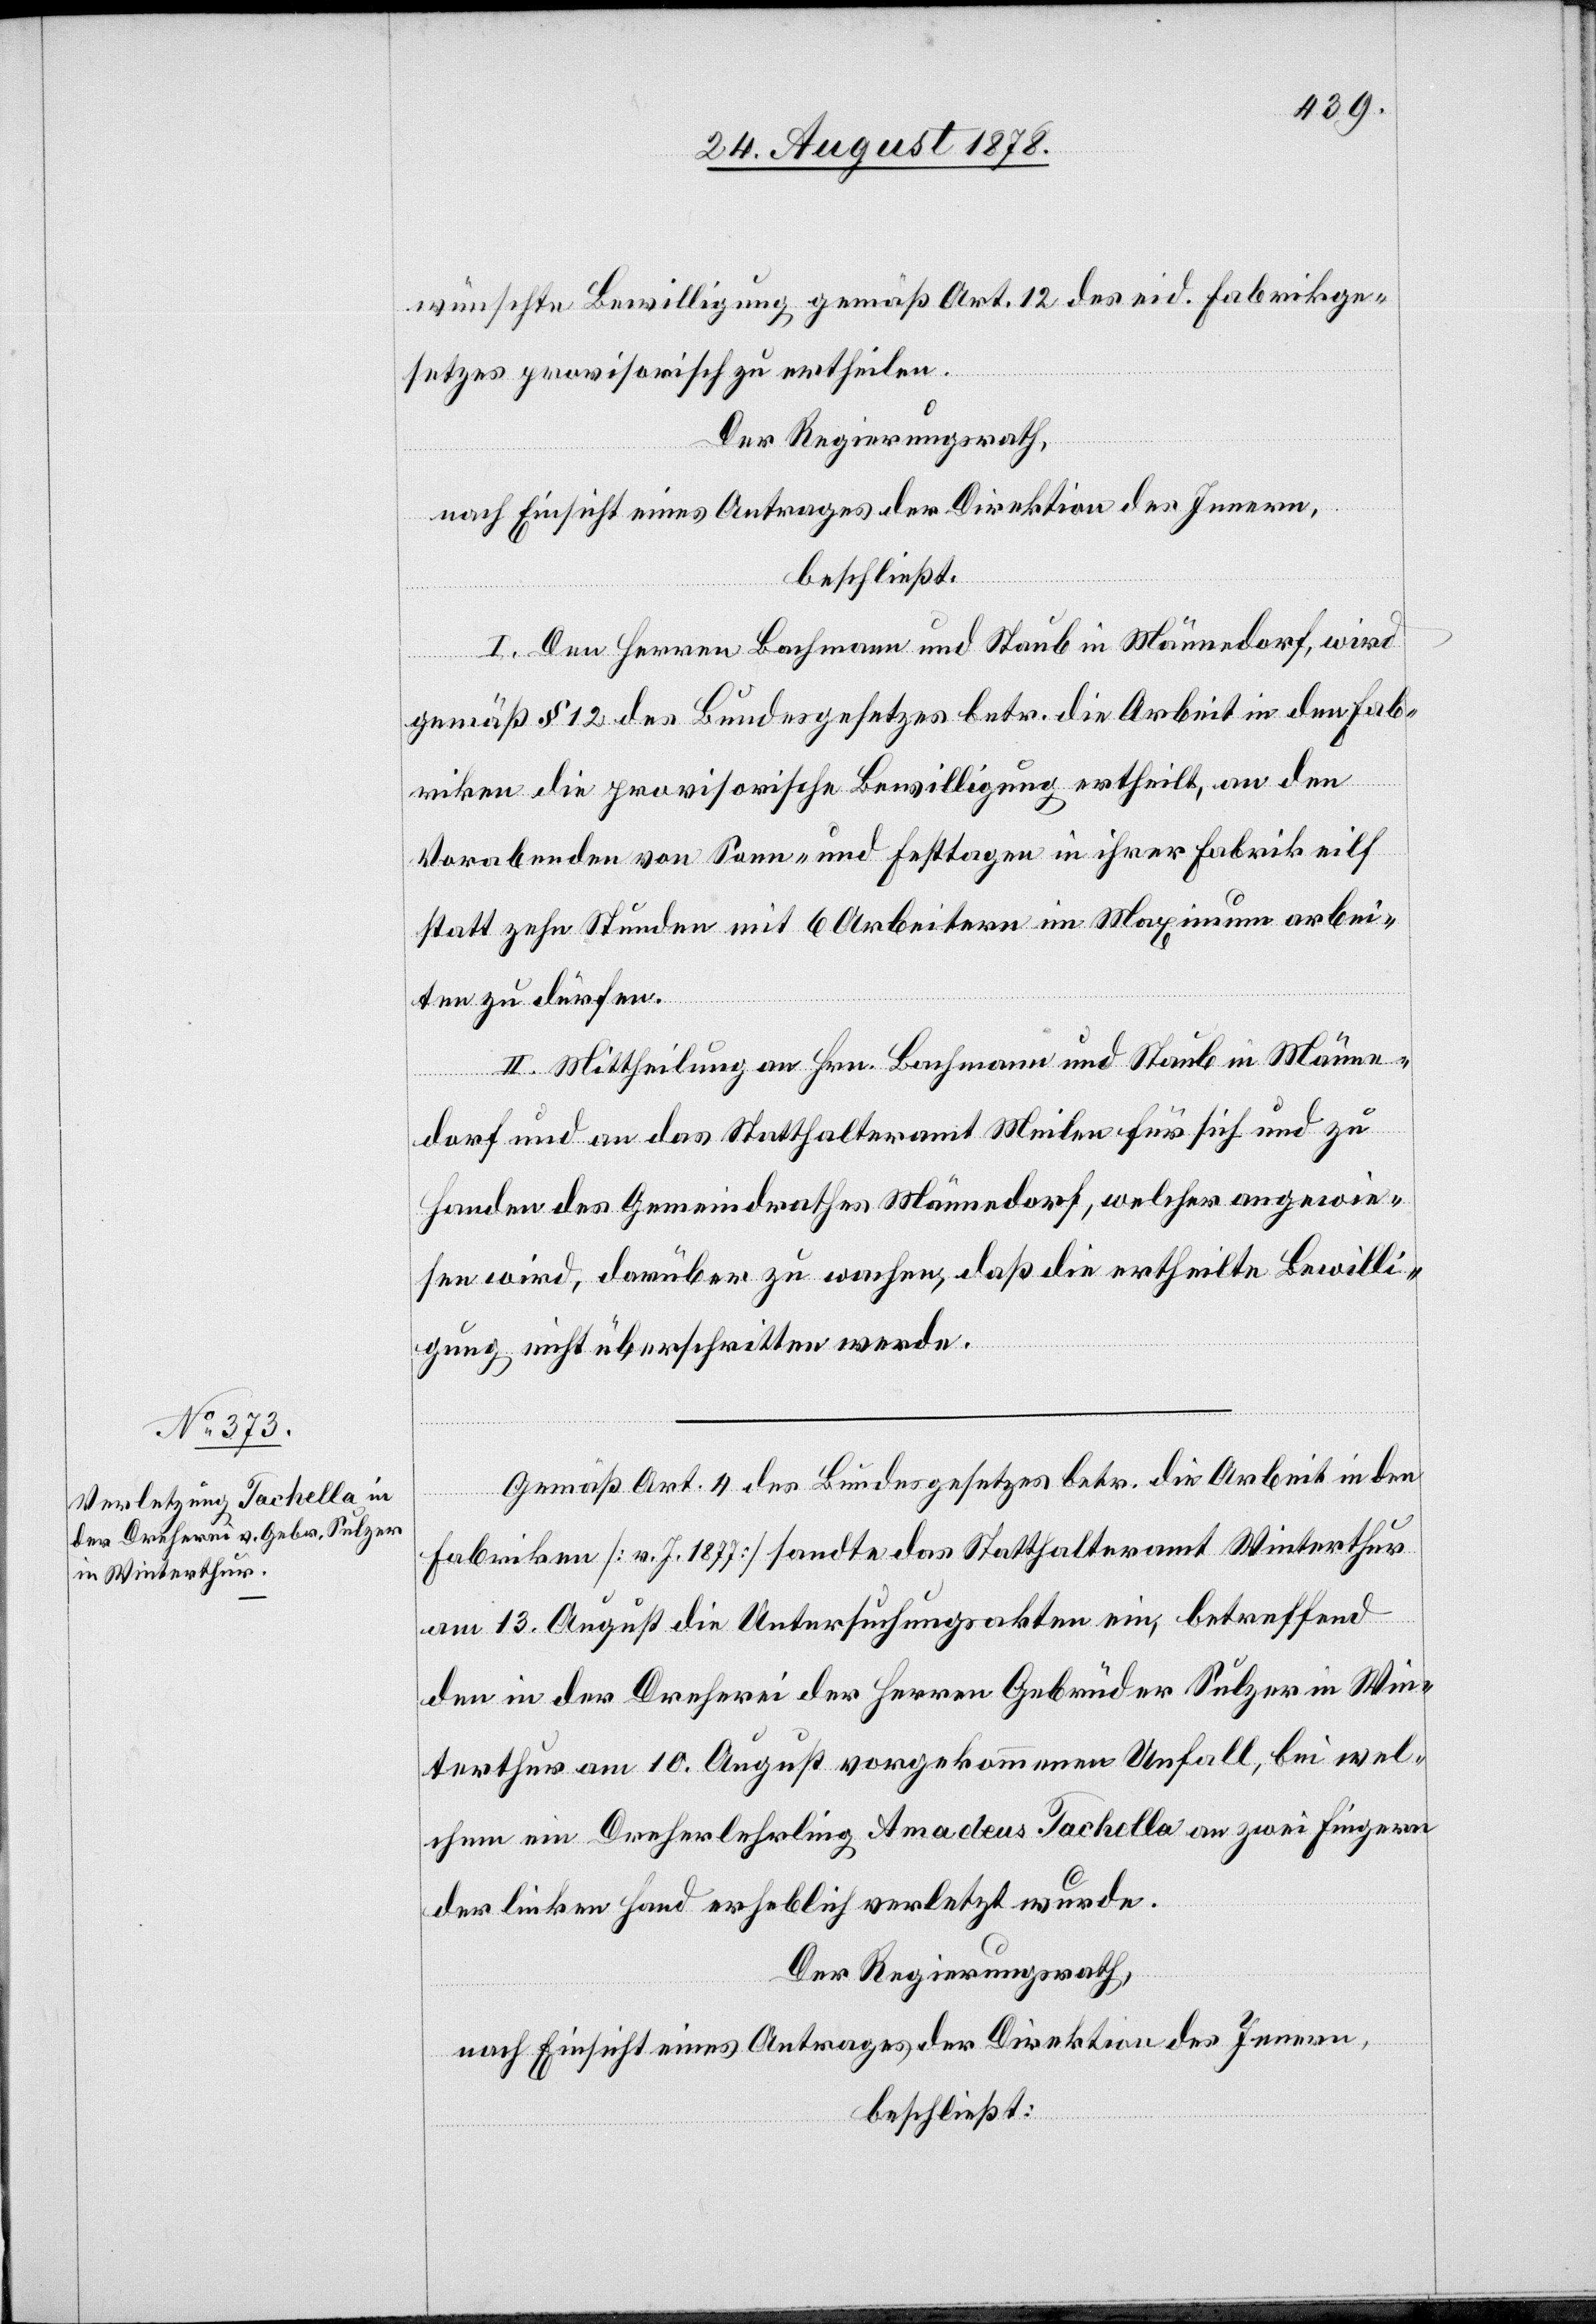
wünschte Bewilligung gemäß Art. 12, des eid. Fabrikge¬
setzes provisorisch zu ertheilen.
Der Regierungsrath,
nach Einsicht eines Antrages der Direktion des Innern,
beschließt:
I. Den Herren Bachmann und Staub in Männedorf, wird
gemäß § 12 des Bundesgesetzes betr. die Arbeit in den Fab¬
riken die provisorische Bewilligung ertheilt, an den
Vorabenden von Sonn- und Festtagen in ihrer Fabrik eilf
statt zehn Stunden mit 6 Arbeitern im Maximum arbei¬
ten zu dürfen.
II. Mittheilung an Hrn. Bachmann und Staub in Männe¬
dorf und an das Statthalteramt Meilen für sich und zu
Handen des Gemeindrathes Männedorf, welcher angewie¬
sen wird, darüber zu wachen, daß die ertheilte Bewilli¬
gung nicht überschritten werde.
Gemäß Art. 4 des Bundesgesetzes betr. die Arbeit in den
Fabriken [v. J. 1877] sandte das Statthalteramt Winterthur
am 13. August die Untersuchungsakten ein, betreffend
den in der Dreherei der Herren Gebrüder Sulzer in Win¬
terthur am 10. August vorgekommenen Unfall, bei wel¬
chem ein Dreherlehrling Amadeus Tachella an zwei Fingern
der linken Hand erheblich verletzt wurde.
Der Regierungsrath,
nach Einsicht eines Antrages der Direktion des Innern,
beschließt: